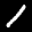
Label: 1